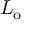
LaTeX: L _ { \mathrm { o } }